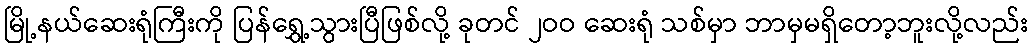
မြို့နယ်ဆေးရုံကြီးကို ပြန်ရွှေ့သွားပြီဖြစ်လို့ ခုတင် ၂ဝဝ ဆေးရုံ သစ်မှာ ဘာမှမရှိတော့ဘူးလို့လည်း